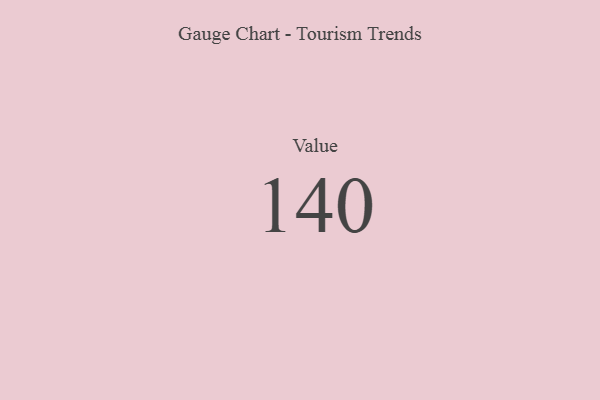
{"axis": {"x": "Metric", "y": "Value"}, "legend": [""], "data": [{"x": "Value", "y": 140, "type": ""}]}